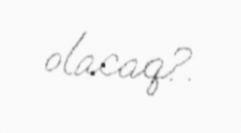
olacaq?.